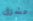
مشرق